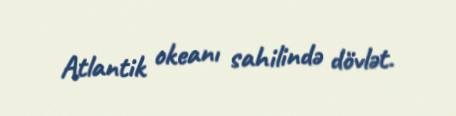
Atlantik okeanı sahilində dövlət.